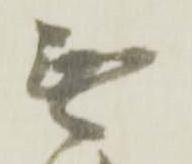
無